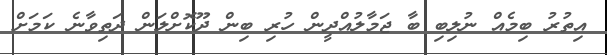
އިތުރު ބިމެއް ނުލިބި ބާ ޖަމާލުއްދީން ހުރި ބިން ދޫކޮށްލަން ދަތިވާނެ ކަމަށް